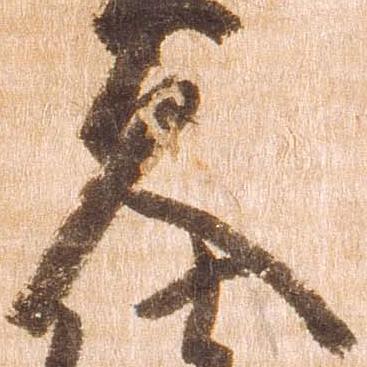
久